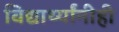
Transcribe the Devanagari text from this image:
विद्यार्थ्यांनीही